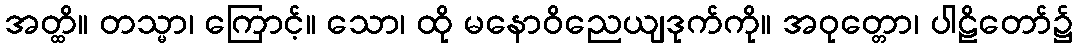
အတ္ထိ။ တသ္မာ၊ ကြောင့်။ သော၊ ထို မနောဝိညေယျဒုက်ကို။ အဝုတ္တော၊ ပါဠိတော်၌